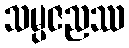
သမ္ပဇညဿ